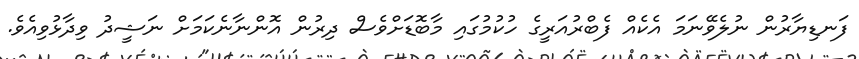
ފަނޑިޔާރުން ނުލެވޭނަމަ އެކެއް ފެބްރުއަރީގެ ހުކުމުގައި މާބޮޑަށްވެސް ދިރުން އޮންނާނެކަމަށް ނަޝީދު ވިދާޅުވިއެވެ.